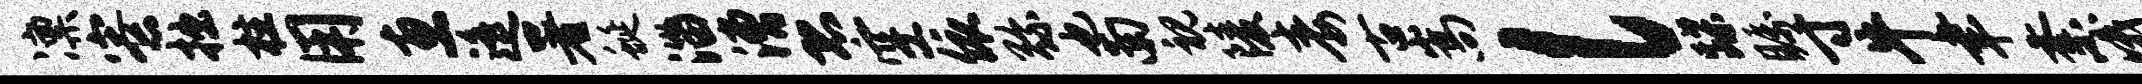
凛寮拙柱用惠遥署蜒淄漕恐空依弥也南视陵毒古嵩l蹀瞩寸牛聿紊哦